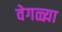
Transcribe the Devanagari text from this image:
वेगळ्य़ा